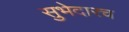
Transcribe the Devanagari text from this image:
सुभेदारच